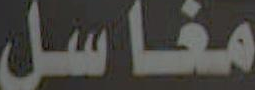
مغاسل